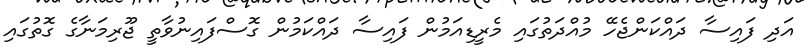
އަދި ފައިސާ ދައްކަންޖެހޭ މުއްދަތުގައި މެރީޑިއަމުން ފައިސާ ދައްކަމުން ގޮސްފައިނުވާތީ ޖޫރިމަނާގެ ގޮތުގައި